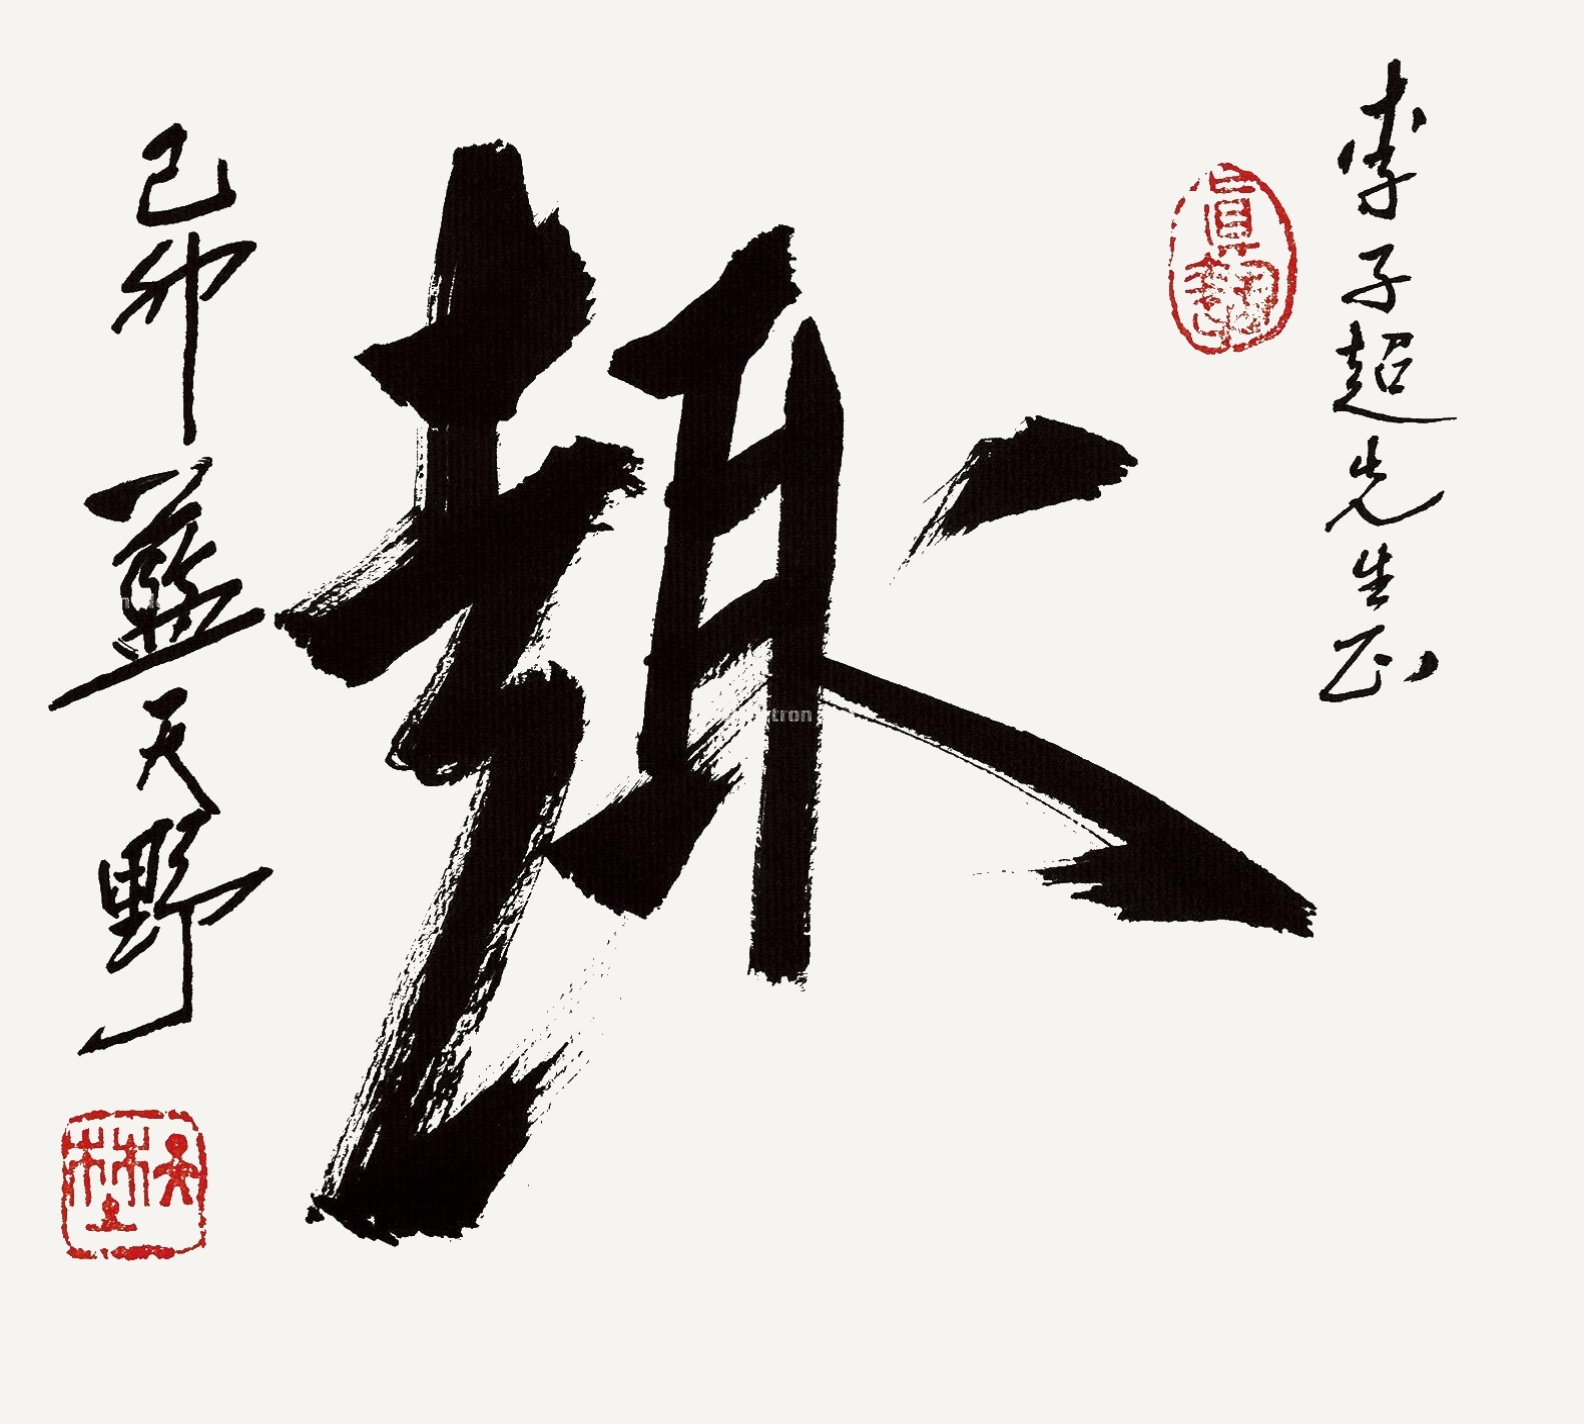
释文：趣。李子超先生正，己卯蓝天野。